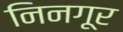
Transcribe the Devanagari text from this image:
निनगूर